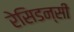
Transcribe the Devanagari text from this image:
रेसिडन्सी